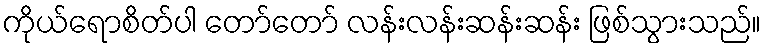
ကိုယ်ရောစိတ်ပါ တော်တော် လန်းလန်းဆန်းဆန်း ဖြစ်သွားသည်။